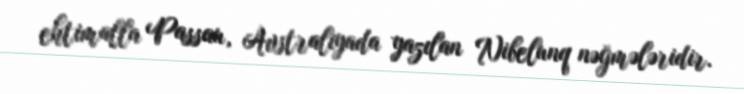
ehtimalla Passau, Avstraliyada yazılan Nibelunq nəğmələridir.